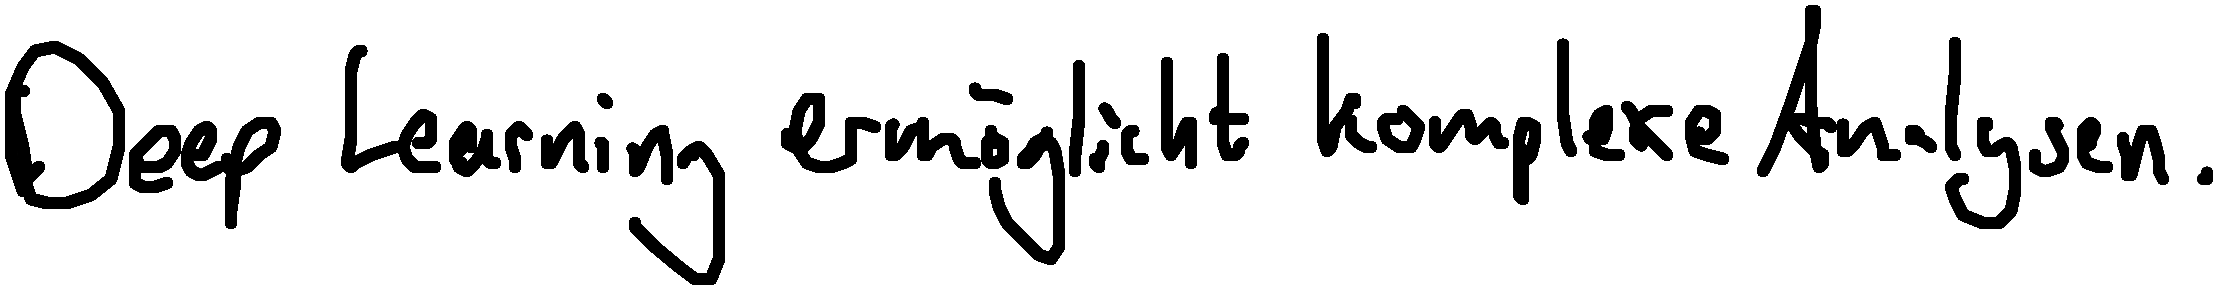
Deep Learning ermöglicht komplexe Analysen.